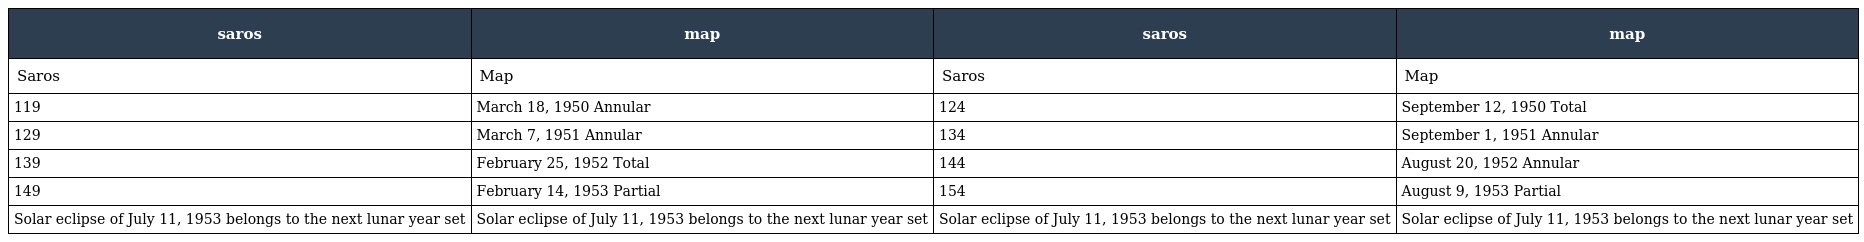
| saros | map | saros | map |
 | --- | --- | --- | --- |
 | Saros | Map | Saros | Map |
 | 119 | March 18, 1950 Annular | 124 | September 12, 1950 Total |
 | 129 | March 7, 1951 Annular | 134 | September 1, 1951 Annular |
 | 139 | February 25, 1952 Total | 144 | August 20, 1952 Annular |
 | 149 | February 14, 1953 Partial | 154 | August 9, 1953 Partial |
 | Solar eclipse of July 11, 1953 belongs to the next lunar year set | Solar eclipse of July 11, 1953 belongs to the next lunar year set | Solar eclipse of July 11, 1953 belongs to the next lunar year set | Solar eclipse of July 11, 1953 belongs to the next lunar year set |